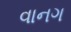
વાનગ